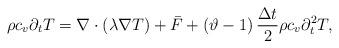
LaTeX: \begin{align*}\rho {c_v}{\partial _{{t}}}T = \nabla \cdot \left( {\lambda \nabla T} \right) + {\bar F} + \left( { \vartheta -1 } \right)\frac{{\Delta t}}{2}\rho {c_v}\partial _{{t}}^2T ,\end{align*}